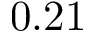
0 . 2 1